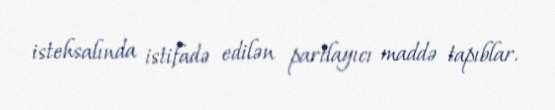
istehsalında istifadə edilən partlayıcı maddə tapıblar.